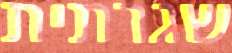
שגרתית